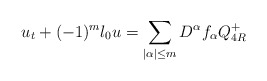
\begin{align*} u_t+(-1)^m \l_0 u=\sum_{|\alpha|\le m}D^{\alpha}f_{\alpha} Q_{4R}^+\end{align*}